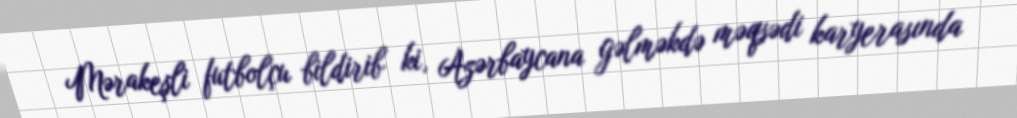
Mərakeşli futbolçu bildirib ki, Azərbaycana gəlməkdə məqsədi karyerasında